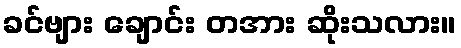
ခင်ဗျား ချောင်း တအား ဆိုးသလား။